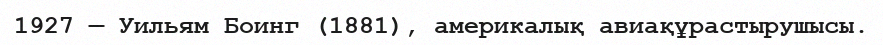
1927 — Уильям Боинг (1881), америкалық авиақұрастырушысы.